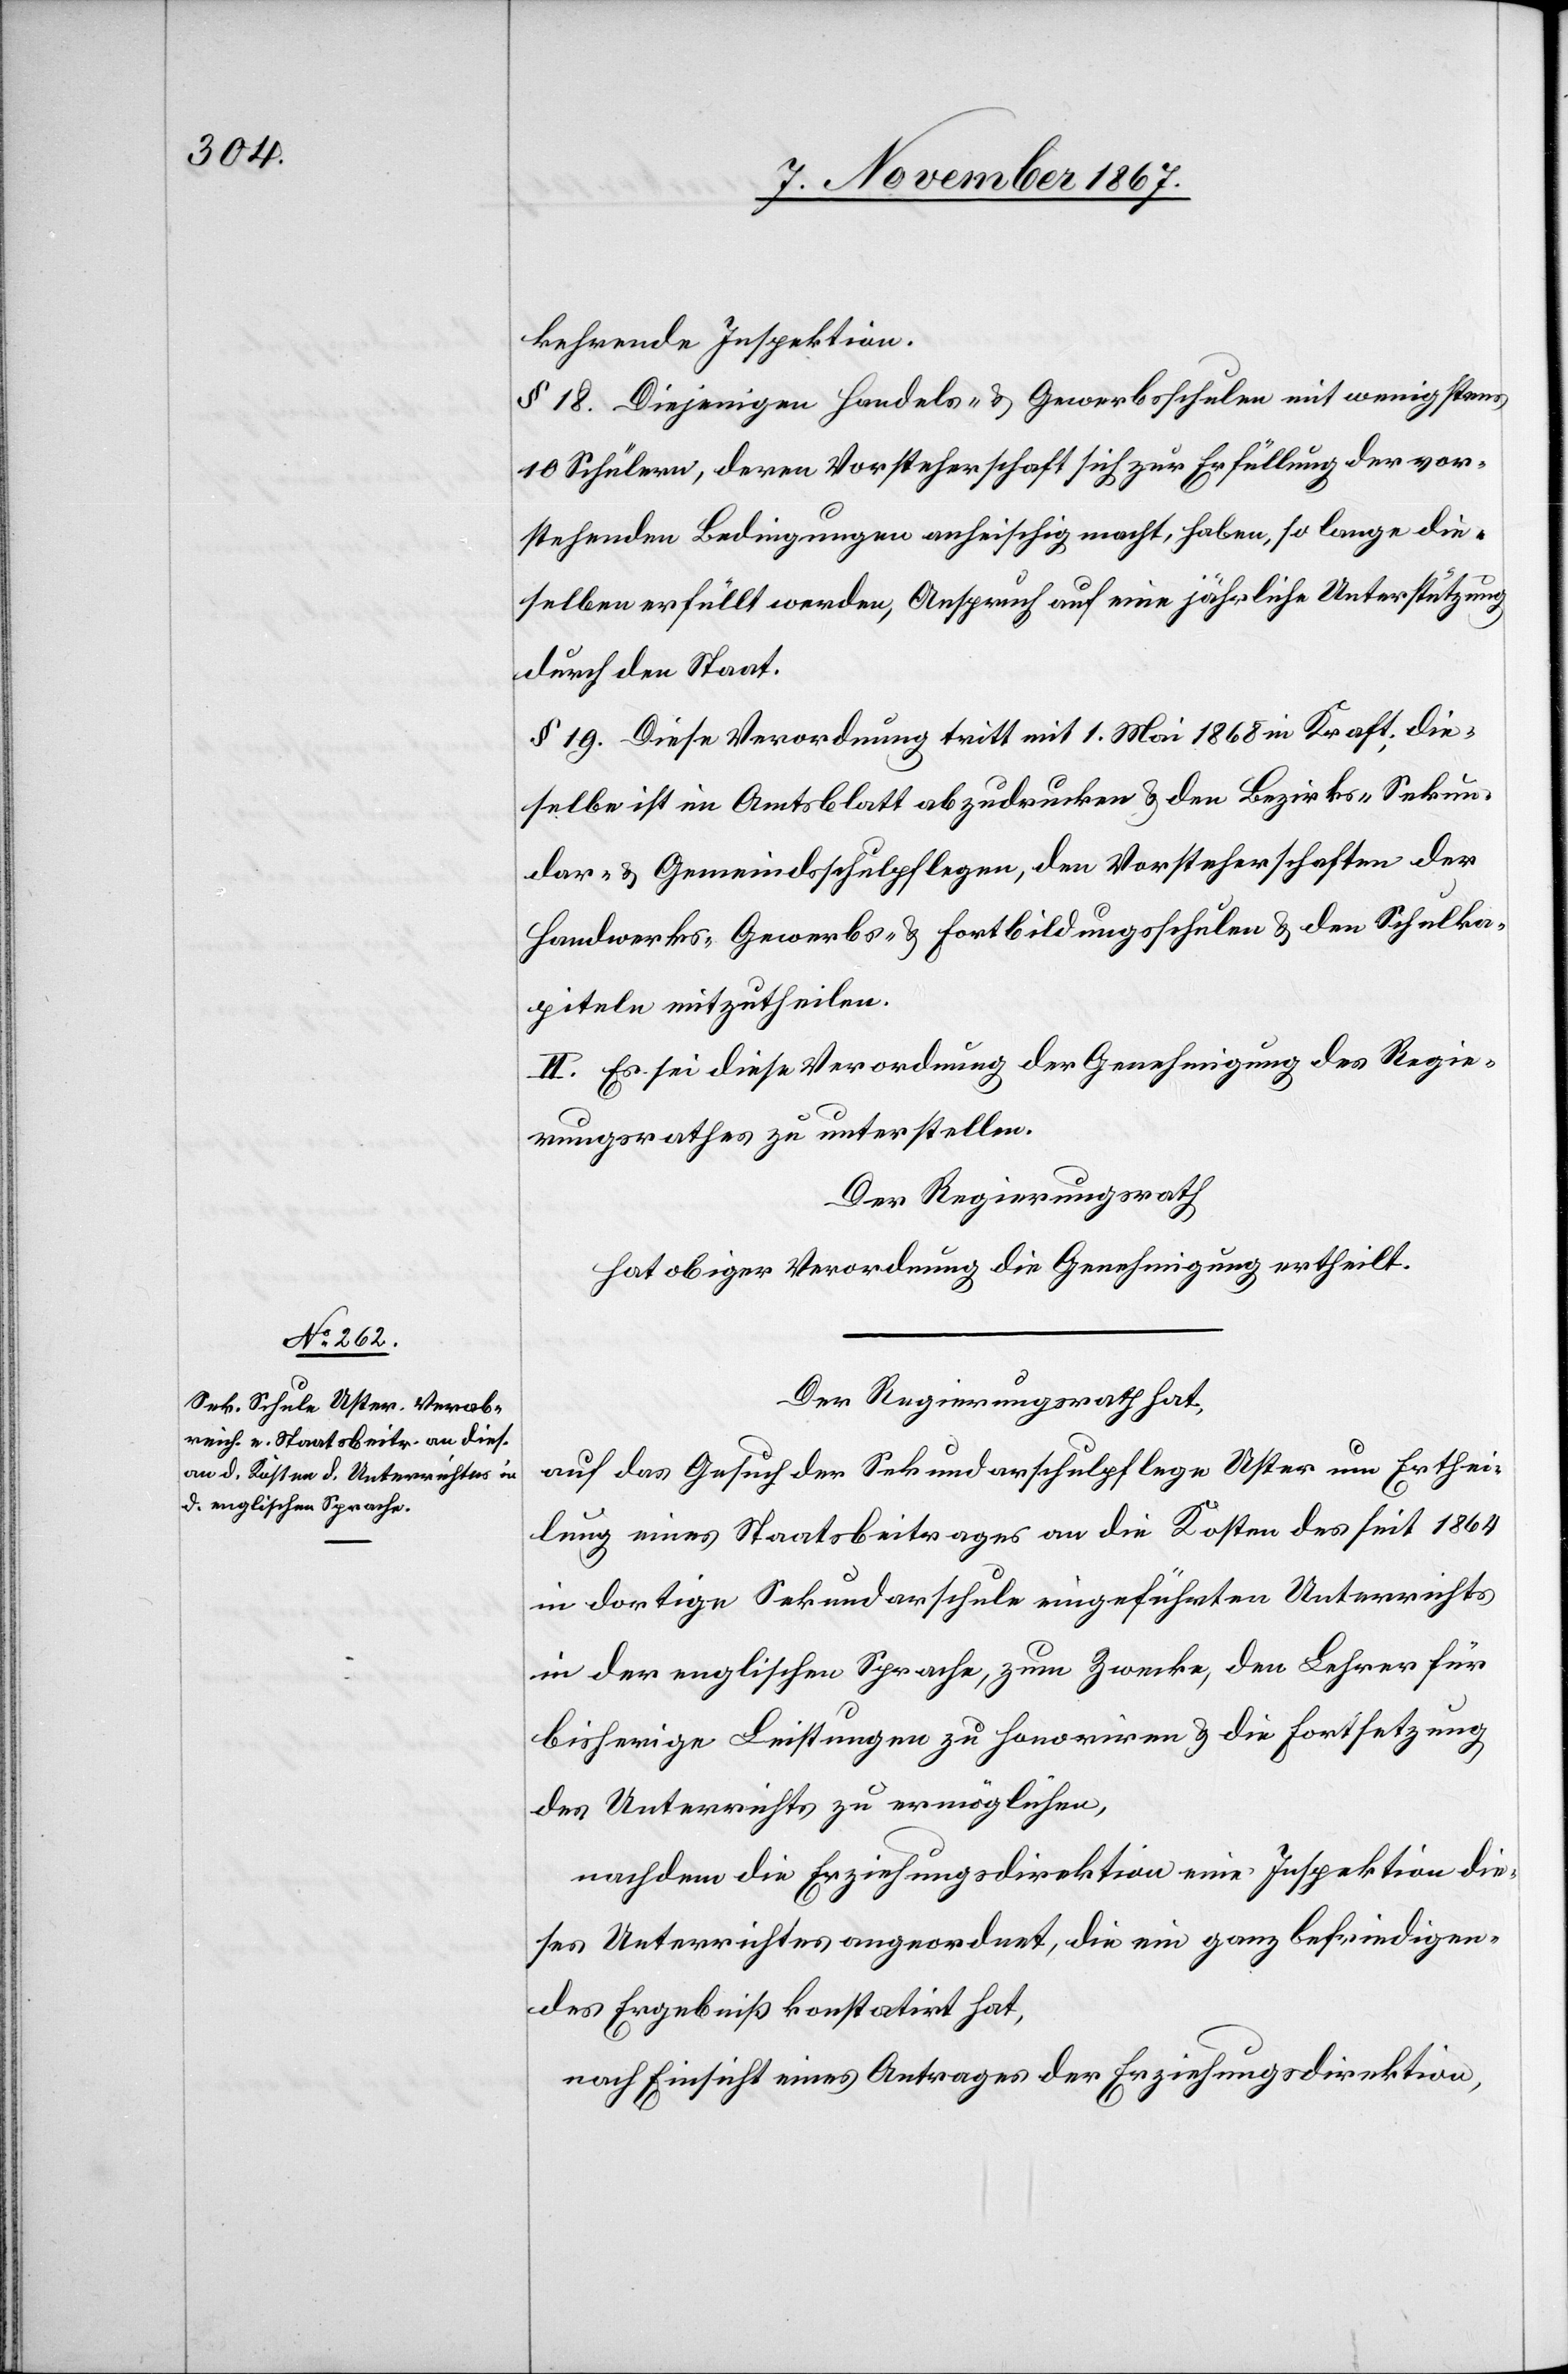
[de¬

r]kehrende Inspektion.
§ 18. Diejenigen Handels- u. Gewerbsschulen mit wenigstens
10 Schülern, deren Vorsteherschaft sich zur Erfüllung der vor¬
stehenden Bedingungen anheischig macht, haben, so lange die¬
selben erfüllt werden, Anspruch auf eine jährliche Unterstützung
durch den Staat.
§ 19. Diese Verordnung tritt mit 1. Mai 1868 in Kraft; die¬
selbe ist im Amtsblatt abzudrucken u. den Bezirks-[,] Sekun¬
dar- u. Gemeindsschulpflegen, den Vorsteherschaften der
Handwerks-[,] Gewerbs- u. Fortbildungsschulen u. den Schulka¬
piteln mitzutheilen.
II. Es sei diese Verordnung der Genehmigung des Regie¬
rungsrathes zu unterstellen.
Der Regierungsrath,
hat obiger Verordnung die Genehmigung ertheilt.
Der Regierungsrath hat,
auf das Gesuch der Sekundarschulpflege Uster um Erthei¬
lung eines Staatsbeitrages an die Kosten des seit 1864
in dortige Sekundarschule eingeführten Unterrichts
in der englischen Sprache, zum Zwecke, den Lehrer für
bisherige Leistungen zu honoriren u. die Fortsetzung
des Unterrichtes zu ermöglichen,
nachdem die Erziehungsdirektion eine Inspektion die¬
ses Unterrichtes angeordnet, die ein ganz befriedigen¬
des Ergebniß konstatirt hat,
nach Einsicht eines Antrages der Erziehungsdirektion,